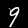
Label: 9